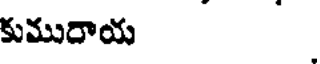
కుమురాయ